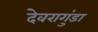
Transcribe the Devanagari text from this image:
देवरागुंडा